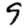
Digit: 9